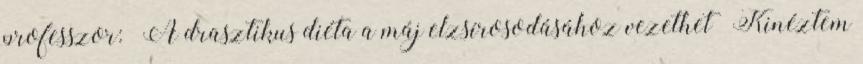
professzor: “A drasztikus diéta a máj elzsírosodásához vezethet” Kinéztem